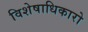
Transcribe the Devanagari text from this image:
विशेषाधिकारो